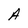
Character: A